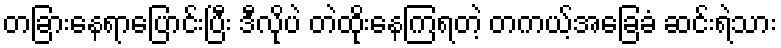
တခြားနေရာပြောင်းပြီး ဒီလိုပဲ တဲထိုးနေကြရတဲ့ တကယ့်အခြေခံ ဆင်းရဲသား